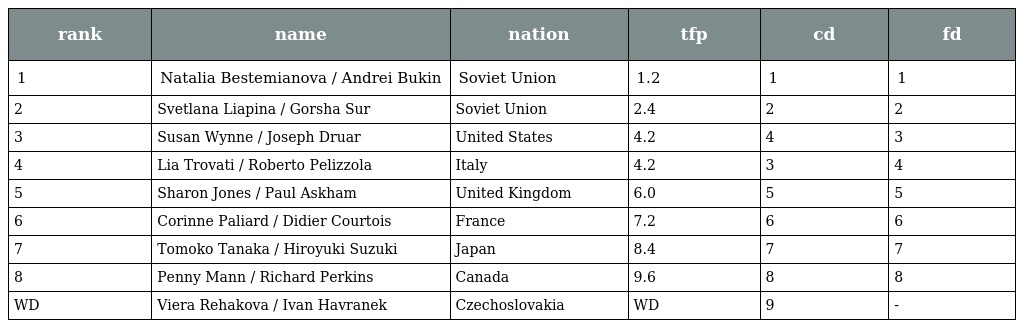
| rank | name | nation | tfp | cd | fd |
 | --- | --- | --- | --- | --- | --- |
 | 1 | Natalia Bestemianova / Andrei Bukin | Soviet Union | 1.2 | 1 | 1 |
 | 2 | Svetlana Liapina / Gorsha Sur | Soviet Union | 2.4 | 2 | 2 |
 | 3 | Susan Wynne / Joseph Druar | United States | 4.2 | 4 | 3 |
 | 4 | Lia Trovati / Roberto Pelizzola | Italy | 4.2 | 3 | 4 |
 | 5 | Sharon Jones / Paul Askham | United Kingdom | 6.0 | 5 | 5 |
 | 6 | Corinne Paliard / Didier Courtois | France | 7.2 | 6 | 6 |
 | 7 | Tomoko Tanaka / Hiroyuki Suzuki | Japan | 8.4 | 7 | 7 |
 | 8 | Penny Mann / Richard Perkins | Canada | 9.6 | 8 | 8 |
 | WD | Viera Rehakova / Ivan Havranek | Czechoslovakia | WD | 9 | - |